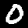
Digit: 0